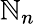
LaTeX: \mathbb{N}_{n}